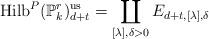
LaTeX: \begin{align*} \textrm{Hilb}^{P}(\mathbb{P}^{r}_{k})^{\textrm{us}}_{d+t}=\coprod_{[\lambda], \delta >0}{E_{d+t, [\lambda], \delta}}\end{align*}